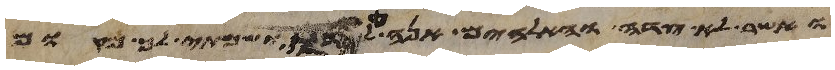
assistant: ואשר לא צדה והאלהים אנה לידו ושמתי לך מקום